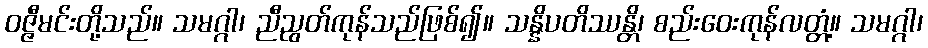
ဝဇ္ဇီမင်းတို့သည်။ သမဂ္ဂါ၊ ညီညွတ်ကုန်သည်ဖြစ်၍။ သန္နိပတိဿန္တိ၊ စည်းဝေးကုန်လတ္တံ့။ သမဂ္ဂါ၊